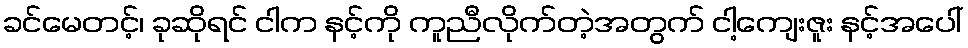
ခင်မေတင့်၊ ခုဆိုရင် ငါက နင့်ကို ကူညီလိုက်တဲ့အတွက် ငါ့ကျေးဇူး နင့်အပေါ်